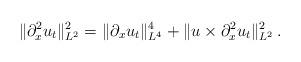
LaTeX: \begin{align*}\|\partial^2_x u_t\|_{L^2}^2=\|\partial_x u_t\|_{L^4}^4+\|u\times\partial_x^2 u_t\|^2_{L^2}\, .\end{align*}